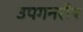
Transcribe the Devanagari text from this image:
उपगनरीय